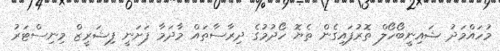
މުހައްމަދު ޝައިނީބޯހޯލް ތޮރުފައިގެން ތެޔޮ ހޯދުމުގެ ދިރާސާތައް މާދަމާ ފަށަނީ ފިޝަރީޒް މިނިސްޓަރު